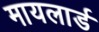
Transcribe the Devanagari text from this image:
मायलार्ड